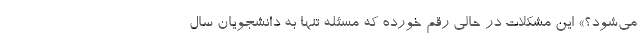
می‌شود؟» این مشکلات در حالی رقم خورده که مسئله تنها به دانشجویان سال